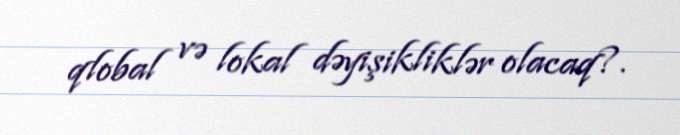
qlobal və lokal dəyişikliklər olacaq?.